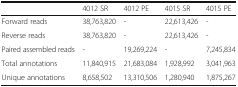
<table><thead><tr><td></td><td><b>4012 SR</b></td><td><b>4012 PE</b></td><td><b>4015 SR</b></td><td><b>4015 PE</b></td></tr></thead><tbody><tr><td>Forward reads</td><td>38,763,820</td><td>-</td><td>22,613,426</td><td>-</td></tr><tr><td>Reverse reads</td><td>38,763,820</td><td>-</td><td>22,613,426</td><td>-</td></tr><tr><td>Paired assembled reads</td><td>-</td><td>19,269,224</td><td>-</td><td>7,245,834</td></tr><tr><td>Total annotations</td><td>11,840,915</td><td>21,683,084</td><td>1,928,992</td><td>3,041,963</td></tr><tr><td>Unique annotations</td><td>8,658,502</td><td>13,310,506</td><td>1,280,940</td><td>1,875,267</td></tr></tbody></table>